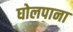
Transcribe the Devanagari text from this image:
घोलपाना